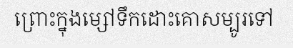
ព្រោះក្នុងម្សៅទឹកដោះគោសម្បូរទៅ